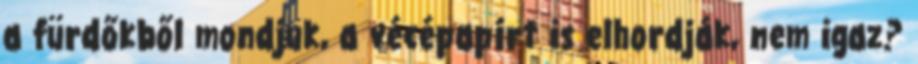
a fürdőkből mondjuk, a vécépapírt is elhordják, nem igaz?